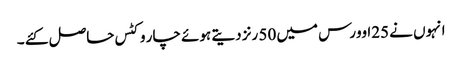
انہوں نے 25اوورس میں 50 رنز دیتے ہوئے چار وکٹس حاصل کئے ۔